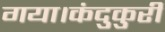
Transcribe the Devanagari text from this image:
गया।कंदुकुरी